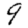
Digit: 9